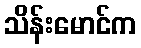
သိန်းမောင်က